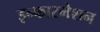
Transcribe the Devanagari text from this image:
इन्फारमेशन